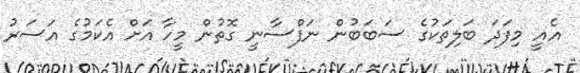
އެއީ މިފަދަ ބަލިތަކުގެ ސަބަބުން ނަފްސާނީ ގޮތުން މީހާ އަށް އެކަމުގެ އަސަރު